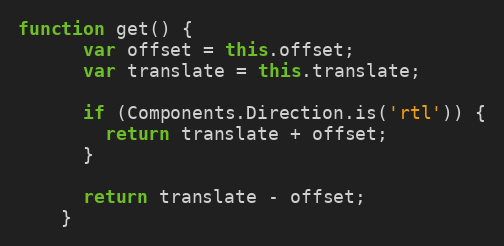
Language: JavaScript
function get() {
      var offset = this.offset;
      var translate = this.translate;

      if (Components.Direction.is('rtl')) {
        return translate + offset;
      }

      return translate - offset;
    }